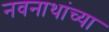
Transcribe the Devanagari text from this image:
नवनाथांच्या